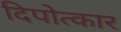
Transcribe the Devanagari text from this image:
दिपोत्कार